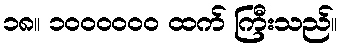
၁၈။ ၁၀၀၀၀၀၀ ထက် ကြီးသည်။